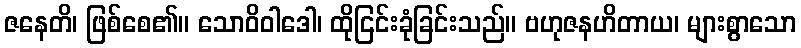
ဇနေတိ၊ ဖြစ်စေ၏။ သောဝိဝါဒေါ၊ ထိုငြင်းခုံခြင်းသည်။ ဗဟုဇနဟိတာယ၊ များစွာသော